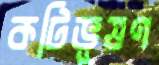
কটিভূষণ